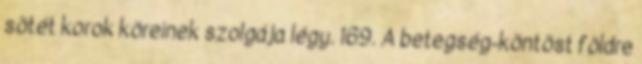
sötét korok köreinek szolgája légy. 169. A betegség-köntöst földre